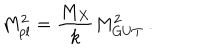
LaTeX: M _ { p l } ^ { 2 } = { \frac { M _ { X } } { \displaystyle { k } } } M _ { G U T } ^ { 2 } ~ . ~ \,